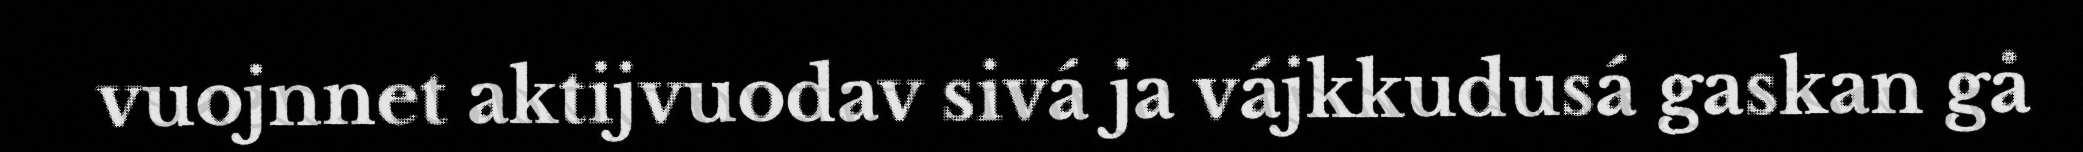
vuojnnet aktijvuodav sivá ja vájkkudusá gaskan gå